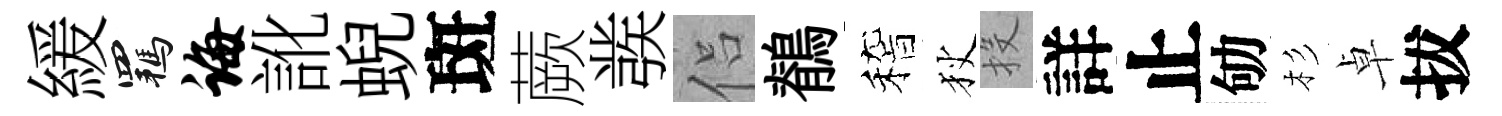
緩羈诲訛蜺斑蕨彂侣鶺稽狄投詳止劬杉卓拔